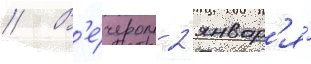
// В'е́чером 2 январ'я́